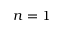
n = 1